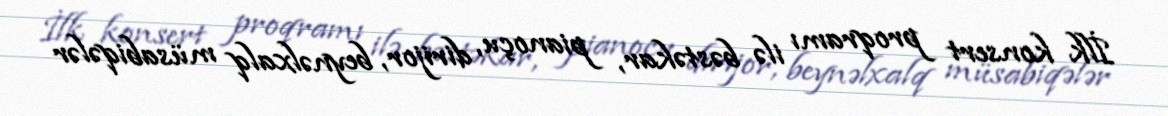
İlk konsert proqramı ilə bəstəkar, pianoçu, dirijor, beynəlxalq müsabiqələr